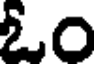
ఓం